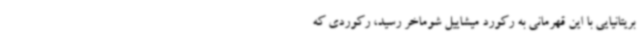
بریتانیایی با این قهرمانی به رکورد میشاییل شوماخر رسید، رکوردی که